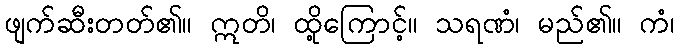
ဖျက်ဆီးတတ်၏။ ဣတိ၊ ထို့ကြောင့်။ သရဏံ၊ မည်၏။ ကံ၊